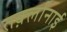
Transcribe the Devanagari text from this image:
तर्क़्लानाई